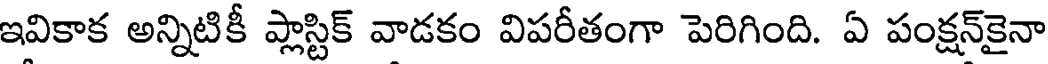
ఇవికాక అన్నిటికీ ప్లాస్టిక్ వాడకం విపరీతంగా పెరిగింది. ఏ పంక్షన్కైనా